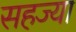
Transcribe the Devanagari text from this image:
सहज्या